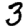
Digit: 3